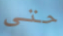
حتى